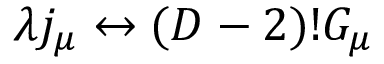
\lambda j _ { \mu } \leftrightarrow ( D - 2 ) ! G _ { \mu }